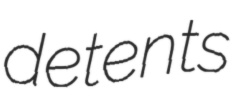
detents